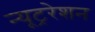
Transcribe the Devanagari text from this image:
न्यूट्ररेशन